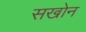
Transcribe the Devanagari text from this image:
सखोन